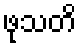
ဖုသတိ